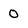
Character: 0